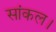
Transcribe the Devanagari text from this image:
सांकल।